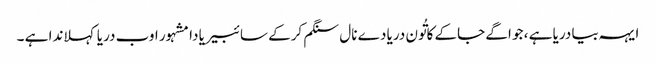
ایہہ بیا دریا ہے ، جو اگے جاکے کاتُون دریا دے نال سنگم کرکے سائبیریا دا مشہور اوب دریا کہلاندا ہے ۔